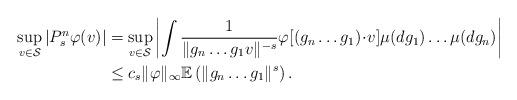
LaTeX: \begin{align*}\sup_{v \in \mathcal{S} } | P_s^n \varphi(v)|& = \sup_{v \in \mathcal{S} } \left| \int \frac{1}{ \| g_n\ldots g_1 v \|^{-s} } \varphi[(g_n\ldots g_1)\!\cdot\! v] \mu(dg_1)\ldots \mu(dg_n) \right| \\& \leq c_s \|\varphi\|_\infty \mathbb{E}\left(\|g_n \ldots g_1\|^s\right).\end{align*}